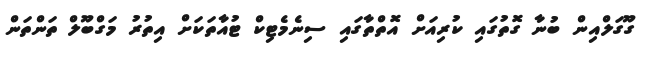
ގޫގަލްއިން ބުނާ ގޮތުގައި ކުރިއަށް އޮތްތާގައި ސިނެމެޓިކް ޓުއާތަކަށް އިތުރު މަގްބޫލް ތަންތަން